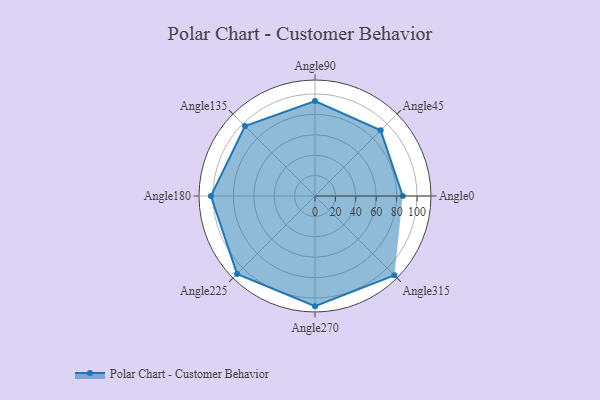
{"axis": {"x": "Angle", "y": "Radius"}, "legend": [""], "data": [{"x": "Angle0", "y": 86.0, "type": ""}, {"x": "Angle45", "y": 91.0, "type": ""}, {"x": "Angle90", "y": 93.0, "type": ""}, {"x": "Angle135", "y": 97.0, "type": ""}, {"x": "Angle180", "y": 102.0, "type": ""}, {"x": "Angle225", "y": 108.0, "type": ""}, {"x": "Angle270", "y": 108.0, "type": ""}, {"x": "Angle315", "y": 110.0, "type": ""}]}